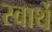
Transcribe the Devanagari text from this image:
स्वार्थें